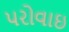
પરોવાઇ